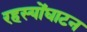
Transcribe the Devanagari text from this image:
रहस्योंघाटन